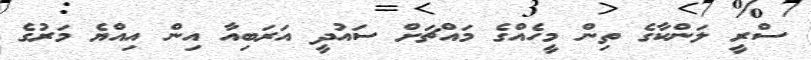
ސްރީ ލަންކާގެ ތިން މީހެއްގެ މައްޗަަށް ސައުދީ އަރަބިއާ އިން އިއްޔެ މަރުގެ